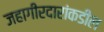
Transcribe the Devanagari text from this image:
जहागीरदारांकडील